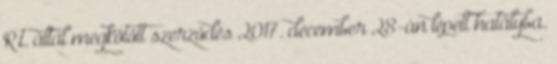
R.t. által megkötött szerződés 2017. december 28-án lépett hatályba.